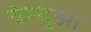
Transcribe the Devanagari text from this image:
केन्‍दुआ